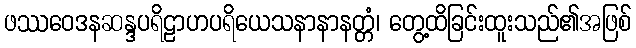
ဖဿဝေဒနဆန္ဒပရိဠာဟပရိယေသနာနာနတ္တံ၊ တွေ့ထိခြင်းထူးသည်၏အဖြစ်